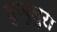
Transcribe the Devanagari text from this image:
वुप्पुलुरी